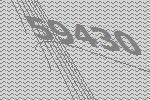
59430